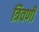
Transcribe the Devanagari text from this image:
त्रिवर्णी